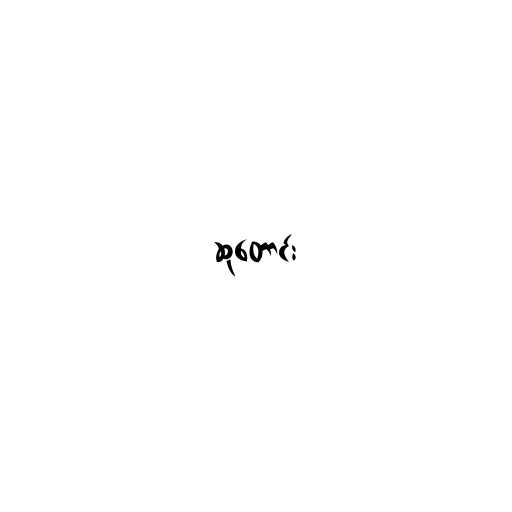
ဆုတောင်း